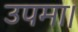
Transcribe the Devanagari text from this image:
उपमा।